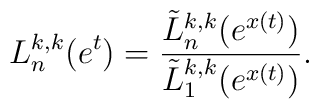
L^{k,k}_{n}(e^{t})=\frac{\tilde{L}^{k,k}_{n}(e^{x(t)})}{\tilde{L}^{k,k}_{1}(e^{x(t)})}.